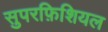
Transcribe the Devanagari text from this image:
सुपरफ़िशियल